Insane asylums in Bengal annual reports 1867-1875 - 1867-1875
Year: 1867
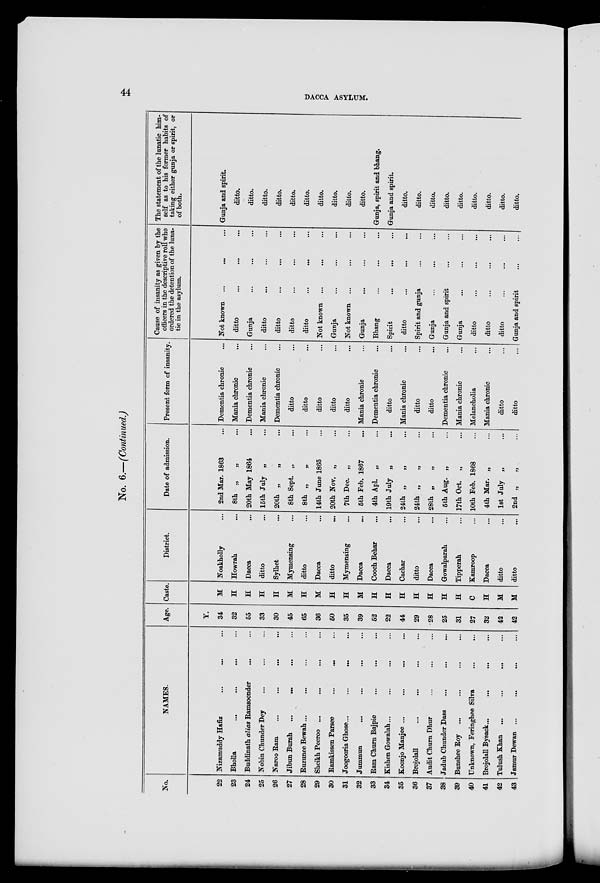
44
DACCA ASYLUM.
No. 6.—(Continued.)
No.
22
23
24
25
26
27
28
29
30
31
32
33
34
35
36
37
38
39
40
41
42
43
NAMES.
Nizamuddy Hafiz ... ... ...
Bholla ... ... ... ...
Buddinath alias Ramsoonder ... ...
Nobin Chunder Dey ... ... ...
Naroo Ram ...
...
... ...
Jibun Burah
...
...
...
Ruzunee Bewah... ... ... ...
Sheikh Peeroo ... ... ... ...
Ramkissen Parsee ... ... ...
Joogooria Ghose...
...
...
Jummun
...
...
... ...
Ram Churn Bajpie ... ... ...
Kishen Gowalah... ... ... ...
Koonjo Manjee ... ... ... ...
Brojolall
...
...
...
Audit Churn Dhur ... ... ...
Jadub Chunder Dass ... ... ...
Bunshee Roy ... ... ... ...
Unknown, Feringhee Silva
...
...
Brojolall Bysack ... ... ... ...
Tulush Khan
...
...
... ...
Jamur Dewan ...
... ... ...
Age.
Y.
34
32
55
33
30
45
65
36
50
35
39
52
22
44
29
28
25
31
27
32
42
42
Caste.
M
H
H
H
H
M
H
M
H
H
M
H
H
H
H
H
H
H
C
H
M
M
District.
Noakholly ...
Howrah ...
Dacca ...
ditto ...
Sylhet ...
Mymensing ...
ditto ...
Dacca ...
ditto ...
Mymensing ...
Dacca
...
Cooch Behar ...
Dacca ...
Cachar ...
ditto ...
Dacca ...
Gowalparah ...
Tipperah ...
Kamroop ...
Dacca ...
ditto ...
ditto ...
Date of admission.
2nd Mar. 1863 ...
8th „
„ ...
20th May 1864 ...
15th July „ ...
20th „ „ ...
8th Sept. „ ...
8th „ „ ...
14th June 1865 ...
20th Nov. „ ...
7th Dec. „ ...
5th Feb. 1867 ...
4th Apl. „ ...
19th July „ ...
24th „
„ ...
24th „ „ ...
28th „ „ ...
5th Aug. „ ...
17th Oct. „ ...
10th Feb. 1868 ...
4th Mar. „ ...
1st July „ ...
2nd „
„ ...
Present form of insanity.
Dementia chronic ...
Mania chronic ...
Dementia chronic ...
Mania chronic ...
Dementia chronic ...
ditto ...
ditto ...
ditto ...
ditto ...
ditto ...
Mania chronic ...
Dementia chronic ...
ditto ...
Mania chronic ...
ditto ...
ditto ...
Dementia chronic ...
Mania chronic ...
Melancholia ...
Mania chronic ...
ditto ...
ditto ...
Cause of insanity as given by the
officers in the descriptive roll who
ordered the detention of the luna-
tic in the asylum.
Not known ... ... ...
ditto ... ... ...
Gunja ... ... ...
ditto ... ... ...
ditto ... ... ...
ditto ... ... ...
ditto
...
... ...
Not known ... ... ...
Gunja ... ... ...
Not known ... ... ...
Gunja ... ... ...
Bhang ... ... ...
Spirit ... ... ...
ditto ... ... ...
Spirit and gunja ... ... ...
Gunja ... ... ...
Gunja and spirit ... ...
Gunja ... ... ...
ditto ... ... ...
ditto ... ... ...
ditto ... ... ...
Gunja and spirit
...
...
The statement of the lunatic him-
self as to his former habits of
taking either gunja or spirit, or
of both.
Gunja and spirit.
ditto.
ditto.
ditto.
ditto.
ditto.
ditto.
ditto.
ditto.
ditto.
ditto.
Gunja, spirit and bhang.
Gunja and spirit.
ditto.
ditto.
ditto.
ditto.
ditto.
ditto.
ditto.
ditto.
ditto.